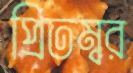
প্রিতম্বর